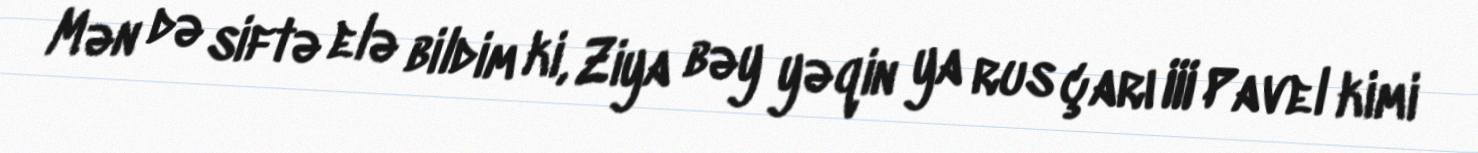
Mən də siftə elə bildim ki, Ziya bəy yəqin ya rus çarı III Pavel kimi